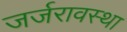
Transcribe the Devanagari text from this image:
जर्जरावस्था